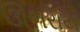
ઊભરાય